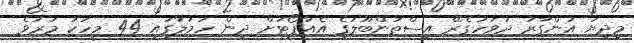
މިދިޔަ އަންގާރަ ދުވަހުގެރޭ އިސްތަންބޫލުގެ އެއާޕޯޓަށް ދިން ހަމަލާގައި 44 މީހަކު މަރުވެ